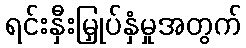
ရင်းနှီးမြှုပ်နှံမှုအတွက်